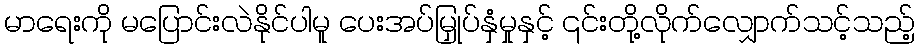
မာရေးကို မပြောင်းလဲနိုင်ပါမူ ပေးအပ်မြှုပ်နှံမှုနှင့် ၎င်းတို့လိုက်လျှောက်သင့်သည့်